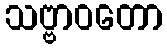
သဗ္ဗာဝတော